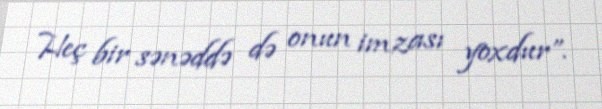
Heç bir sənəddə də onun imzası yoxdur”.